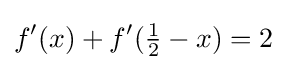
f'(x)+f'({\tfrac {1}{2}}-x)=2